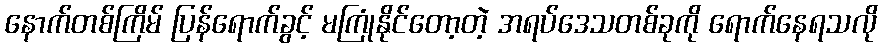
နောက်တစ်ကြိမ် ပြန်ရောက်ခွင့် မကြုံနိုင်တော့တဲ့ အရပ်ဒေသတစ်ခုကို ရောက်နေရသလို